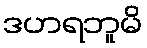
ဒဟရဘူမိ